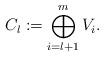
LaTeX: \begin{gather*}C_l := \bigoplus_{i=l+1}^m V_i.\end{gather*}